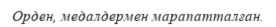
Орден, медалдермен марапатталған.